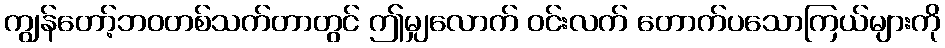
ကျွန်တော့်ဘဝတစ်သက်တာတွင် ဤမျှလောက် ဝင်းလက် တောက်ပသောကြယ်များကို